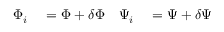
\begin{array} { r l r l } { \Phi _ { i } } & { { } = \Phi + \delta \Phi } & { \Psi _ { i } } & { { } = \Psi + \delta \Psi } \end{array}